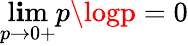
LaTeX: \operatorname*{l\mathbf{i}m}_{p\rightarrow0+}p\logp=0